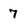
Character: 7